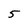
Character: 5